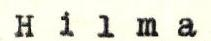
Hilma